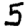
Digit: 5